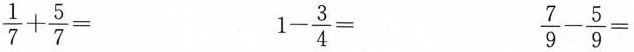
$$\frac{1}{7}+ \frac{5}{7}=$$ $$1- \frac{3}{4}=$$ $$\frac{7}{9}- \frac{5}{9}=$$